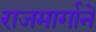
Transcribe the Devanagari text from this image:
राजमार्गानें